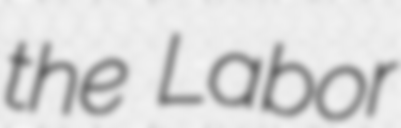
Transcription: the Labor